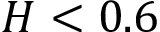
H < 0 . 6